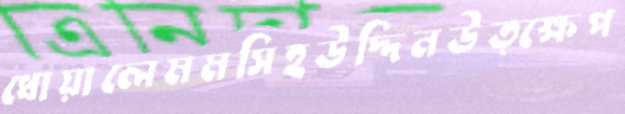
ধোয়ালেমমসিহউদ্দিনউত্ক্ষেপ